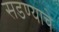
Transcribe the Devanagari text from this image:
सडण्याचे